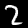
Label: 2